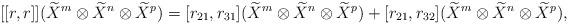
LaTeX: \begin{align*}[[r,r]](\widetilde{X}^{m}\otimes \widetilde{X}^{n}\otimes \widetilde{X}^{p})=[r_{21},r_{31}](\widetilde{X}^{m}\otimes \widetilde{X}^{n}\otimes \widetilde{X}^{p})+[r_{21},r_{32}](\widetilde{X}^{m}\otimes \widetilde{X}^{n}\otimes \widetilde{X}^{p}),\end{align*}